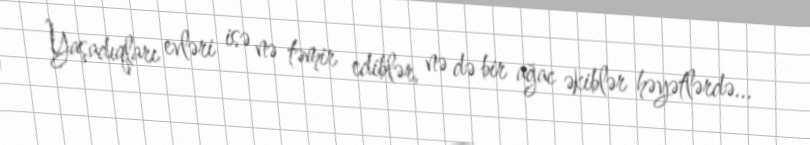
Yaşadıqları evləri isə nə təmir ediblər, nə də bir ağac əkiblər həyətlərdə...